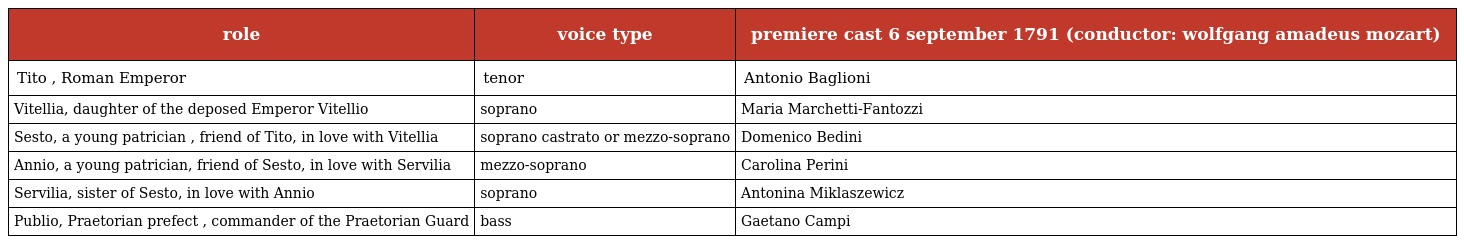
| role | voice type | premiere cast 6 september 1791 (conductor: wolfgang amadeus mozart) |
 | --- | --- | --- |
 | Tito , Roman Emperor | tenor | Antonio Baglioni |
 | Vitellia, daughter of the deposed Emperor Vitellio | soprano | Maria Marchetti-Fantozzi |
 | Sesto, a young patrician , friend of Tito, in love with Vitellia | soprano castrato or mezzo-soprano | Domenico Bedini |
 | Annio, a young patrician, friend of Sesto, in love with Servilia | mezzo-soprano | Carolina Perini |
 | Servilia, sister of Sesto, in love with Annio | soprano | Antonina Miklaszewicz |
 | Publio, Praetorian prefect , commander of the Praetorian Guard | bass | Gaetano Campi |